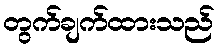
တွက်ချက်ထားသည်